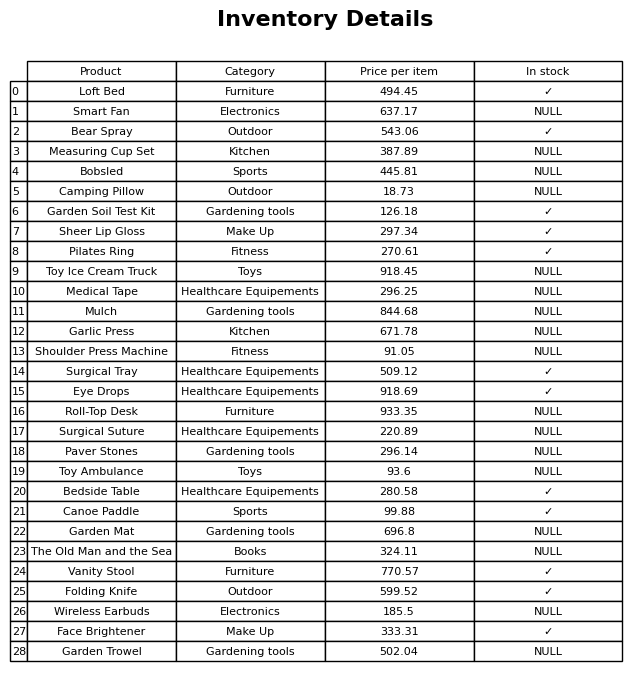
question: What is the price for Canoe Paddle?
answer: The price of Canoe Paddle is 99.88.